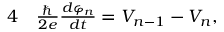
\begin{array} { r l } { { 4 } } & { { } \frac { \hbar } { 2 e } \frac { d \varphi _ { n } } { d t } = V _ { n - 1 } - V _ { n } , } \end{array}